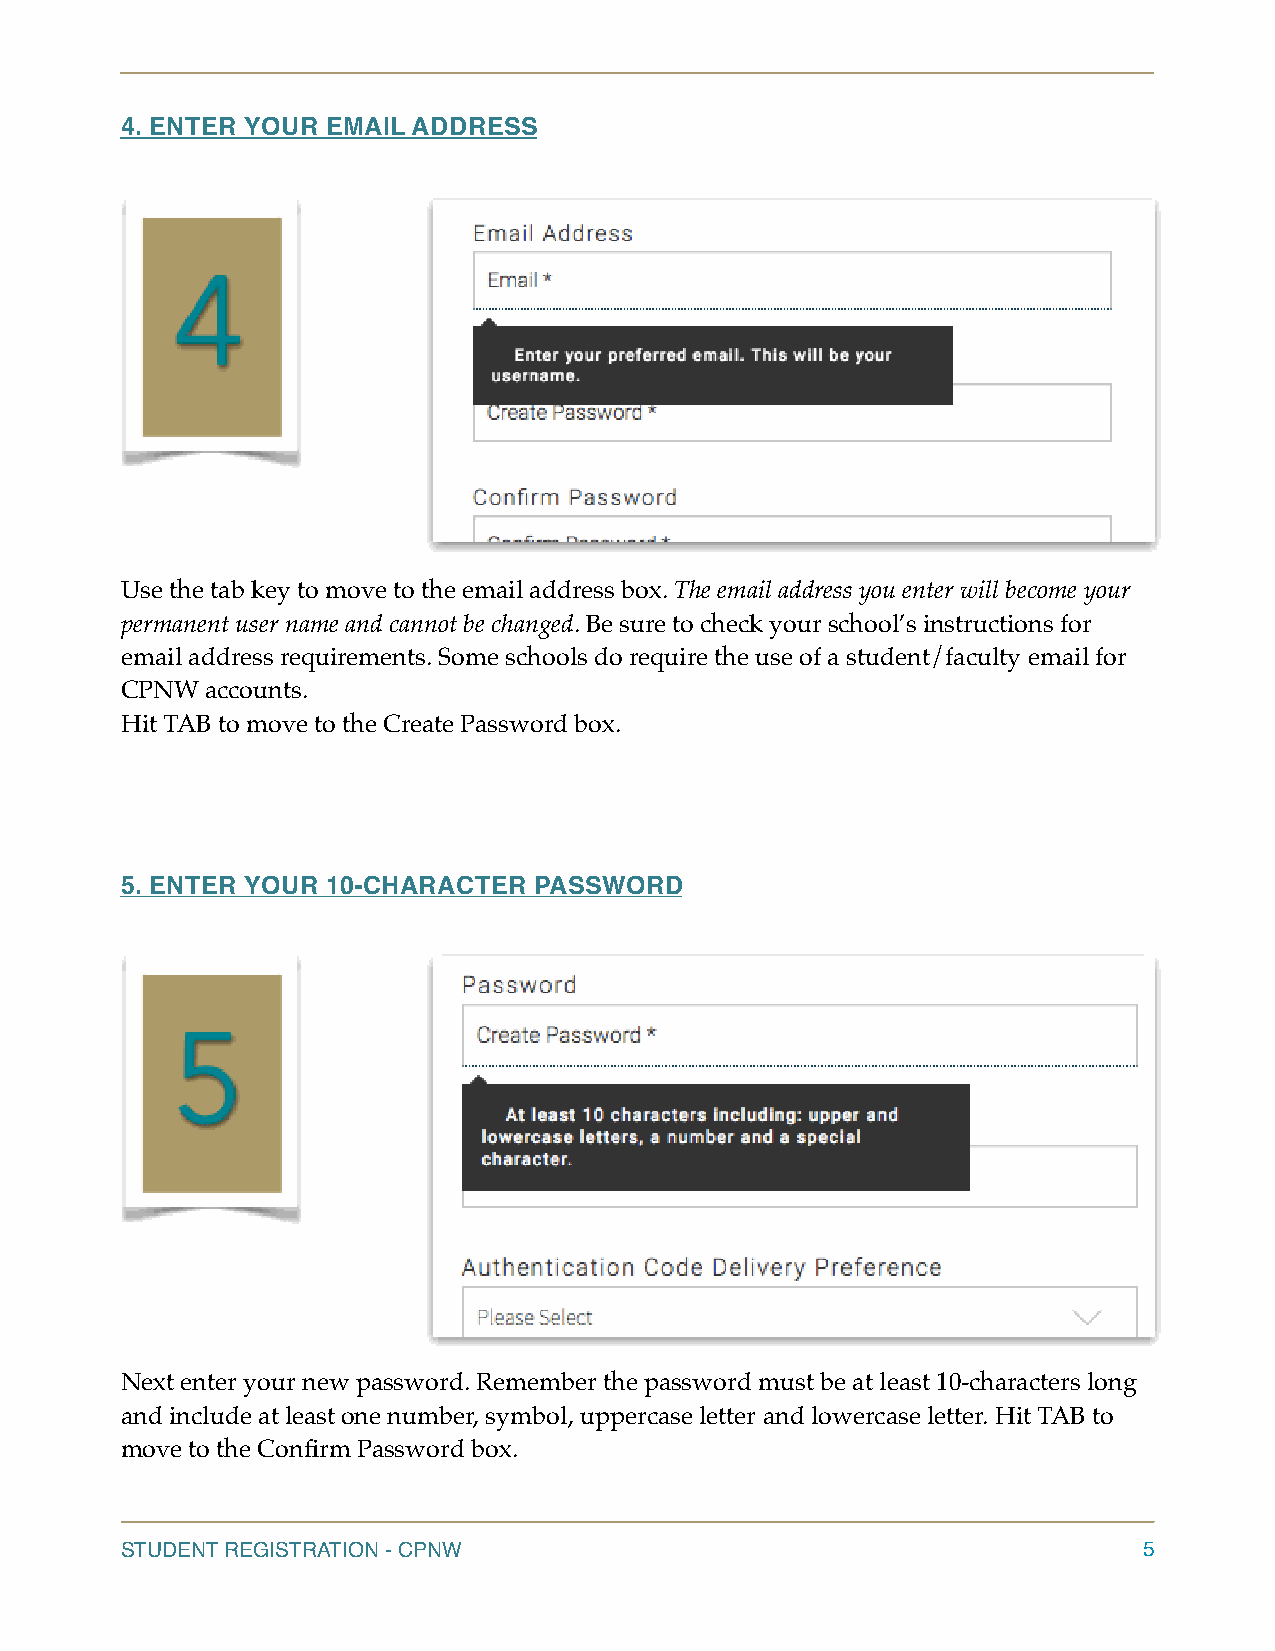
4. ENTER YOUR EMAIL ADDRESS
 Use the tab key to move to the email address box. The email address you enter will become your
 permanent user name and cannot be changed. Be sure to check your school’s instructions for
 email address requirements. Some schools do require the use of a student/faculty email for
 CPNW  accounts.
 Hit TAB to move to the Create Password box.
 5. ENTER YOUR 10-CHARACTER PASSWORD
 Next enter your new password. Remember the password must be at least 10-characters long
 and include at least one number, symbol, uppercase letter and lowercase letter. Hit TAB to
 move to the Confirm Password box.
 STUDENT REGISTRATION - CPNW                                         5